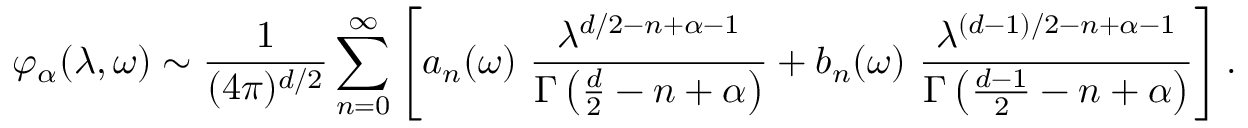
\varphi _ { \alpha } ( \lambda , \omega ) \sim { \frac { 1 } { ( 4 \pi ) ^ { d / 2 } } } \sum _ { n = 0 } ^ { \infty } \left[ a _ { n } ( \omega ) ~ { \frac { \lambda ^ { d / 2 - n + \alpha - 1 } } { \Gamma \left( \frac d 2 - n + \alpha \right) } } + b _ { n } ( \omega ) ~ { \frac { \lambda ^ { ( d - 1 ) / 2 - n + \alpha - 1 } } { \Gamma \left( { \frac { d - 1 } { 2 } } - n + \alpha \right) } } \right] .